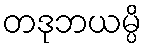
တဒုဘယမ္ပိ